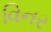
વિનર